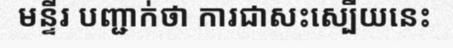
មន្ទីរ បញ្ជាក់ថា ការជាសះស្បើយនេះ